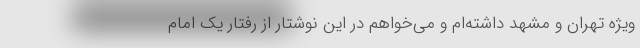
ویژه تهران و مشهد داشته‌ام و می‌خواهم در این نوشتار از رفتار یک امام